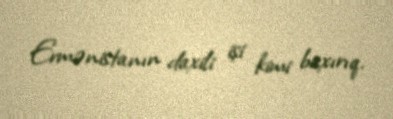
Ermənistanın daxili işi kimi baxırıq.